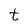
Character: t